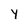
Character: y